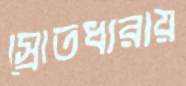
স্রোতধারায়